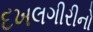
દખલગીરીનો